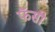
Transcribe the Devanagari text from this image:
फॅसी